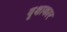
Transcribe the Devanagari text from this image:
वृक्षाकार